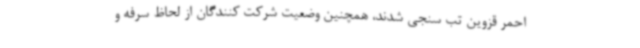
احمر قزوین تب سنجی شدند، همچنین وضعیت شرکت کنندگان از لحاظ سرفه و